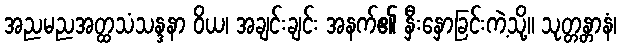
အညမညအတ္ထသံသန္ဒနာ ဝိယ၊ အချင်းချင်း အနက်၏ နှီးနှောခြင်းကဲ့သို့။ သုတ္တန္တာနံ၊